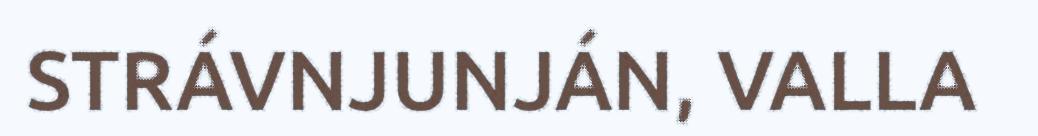
STRÁVNJUNJÁN, VALLA